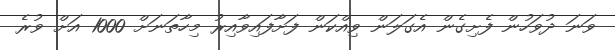
ވަނަ ދުވަހުން ފެށިގެން އެގަލަން ވިއްކަން ފަށާފައިވާއިރު މިހާތަނަށް 1000 އަށް ވުރެ